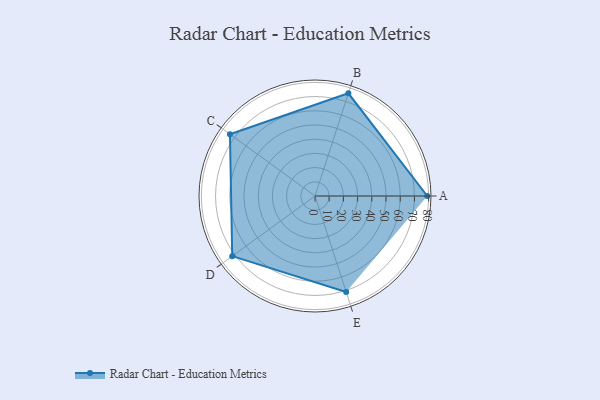
{"axis": {"x": "Skill", "y": "Score"}, "legend": ["Profile"], "data": [{"x": "A", "y": 79.0, "type": "Profile"}, {"x": "B", "y": 76.0, "type": "Profile"}, {"x": "C", "y": 74.0, "type": "Profile"}, {"x": "D", "y": 72.0, "type": "Profile"}, {"x": "E", "y": 71.0, "type": "Profile"}]}